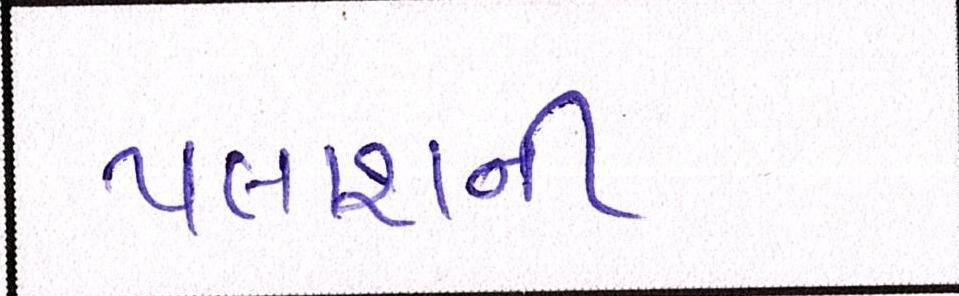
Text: પલાશની